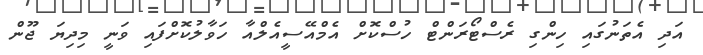
އަދި އެތަނުގައި ހިންގި ރެސްޓޯރަންޓް ހުސްކޮށް އެމްއޭސީއެލްއާ ހަވާލުކޮށްފައި ވަނީ މިދިޔަ ޖޫން